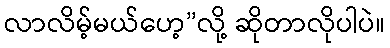
လာလိမ့်မယ်ဟေ့”လို့ ဆိုတာလိုပါပဲ။